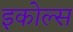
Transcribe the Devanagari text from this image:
इकोल्स